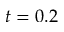
t = 0 . 2